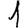
Digit: 1